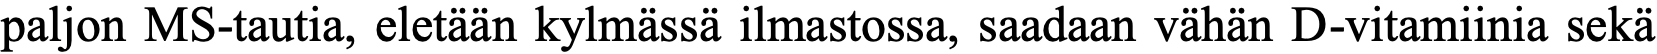
paljon MS-tautia, eletään kylmässä ilmastossa, saadaan vähän D-vitamiinia sekä